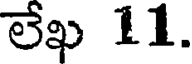
లేఖ 11.